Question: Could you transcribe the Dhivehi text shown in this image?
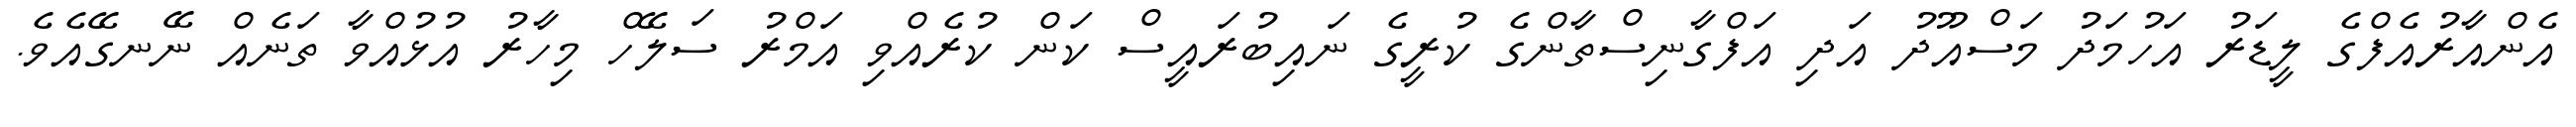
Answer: އެންއާރުއެފްގެ ލީޑަރު އަހުމަދު މަސްއޫދު އަދި އަފްގާނިސްތާންގެ ކުރީގެ ނައިބުރައީސް ކަން ކުރެއްވި އަމްރު ސަލޭހް މިހާރު އުޅުއްވާ ތަނެއް ނޭނގޭއެވެ.